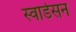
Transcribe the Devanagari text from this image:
स्वार्डसन